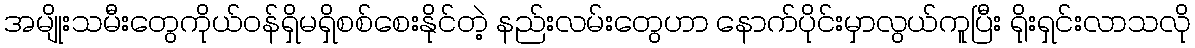
အမျိုးသမီးတွေကိုယ်ဝန်ရှိမရှိစစ်စေးနိုင်တဲ့ နည်းလမ်းတွေဟာ နောက်ပိုင်းမှာလွယ်ကူပြီး ရိုးရှင်းလာသလို